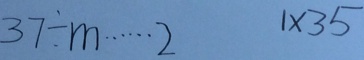
3 7 \div m \cdots 2 1 \times 3 5